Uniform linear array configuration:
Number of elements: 8
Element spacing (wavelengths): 0.25
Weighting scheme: uniform
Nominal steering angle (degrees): -30
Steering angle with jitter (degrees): -29.563
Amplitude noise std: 0.05
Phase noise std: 0.05

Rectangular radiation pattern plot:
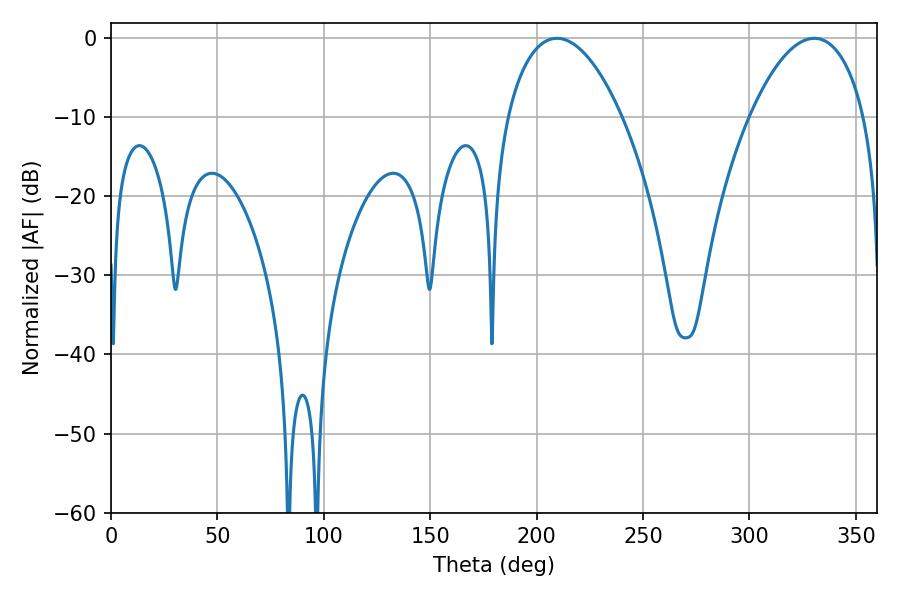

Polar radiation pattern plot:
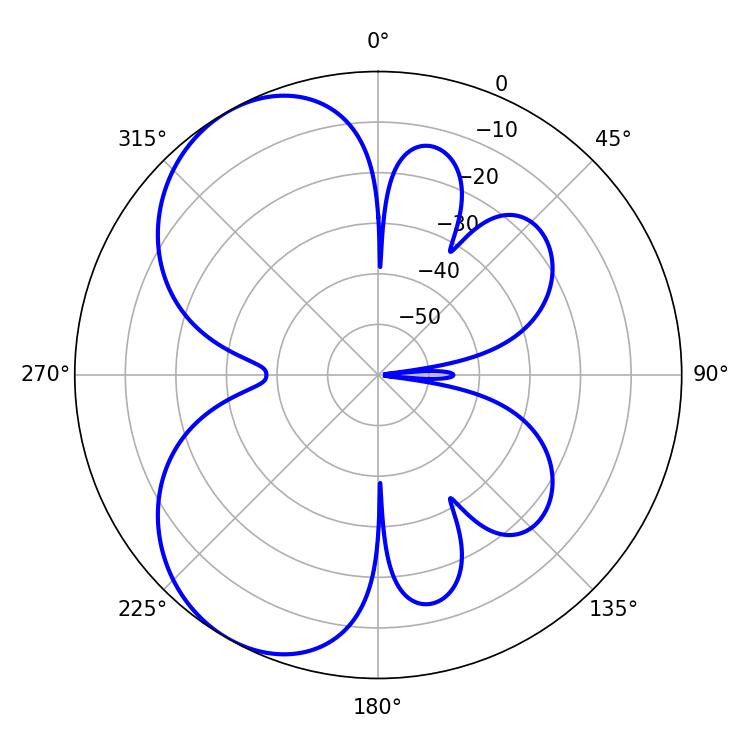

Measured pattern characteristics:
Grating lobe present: FALSE
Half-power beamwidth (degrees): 30.24
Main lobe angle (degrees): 209.52